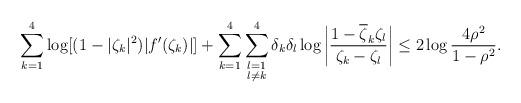
LaTeX: \begin{align*}\sum_{k=1}^4\log[(1-|\zeta_k|^2)|f'(\zeta_k)|]+\sum_{k=1}^4\sum_{{\substack{ l=1\\ l\neq k}}}^4\delta_k\delta_l\log\left|\frac{1-\overline{\zeta}_k\zeta_l}{\zeta_k-\zeta_l}\right|\le 2\log \frac{4\rho^2}{1-\rho^2}.\end{align*}